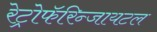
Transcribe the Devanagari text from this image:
रेट्रोफॅरिन्जायटल